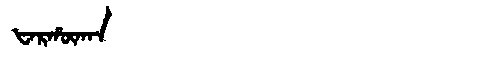
Manchu: ᡶᠠᡵᡥᡡᡴᠠᠨ
Romanization: FARHŪKAN